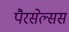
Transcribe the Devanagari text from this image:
पैरसेल्सस